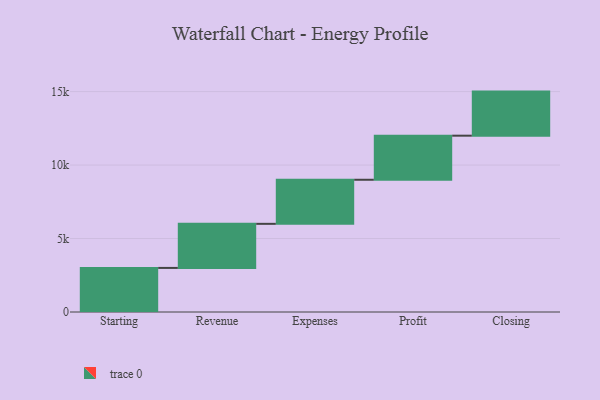
{"axis": {"x": "Step", "y": "Value"}, "legend": [""], "data": [{"x": "Starting", "y": 3000, "type": ""}, {"x": "Revenue", "y": 3000, "type": ""}, {"x": "Expenses", "y": 3000, "type": ""}, {"x": "Profit", "y": 3000, "type": ""}, {"x": "Closing", "y": 3000, "type": ""}]}